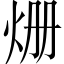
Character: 𤇒